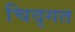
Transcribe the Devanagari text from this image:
चिद्गत